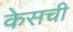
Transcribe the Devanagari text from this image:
केसची